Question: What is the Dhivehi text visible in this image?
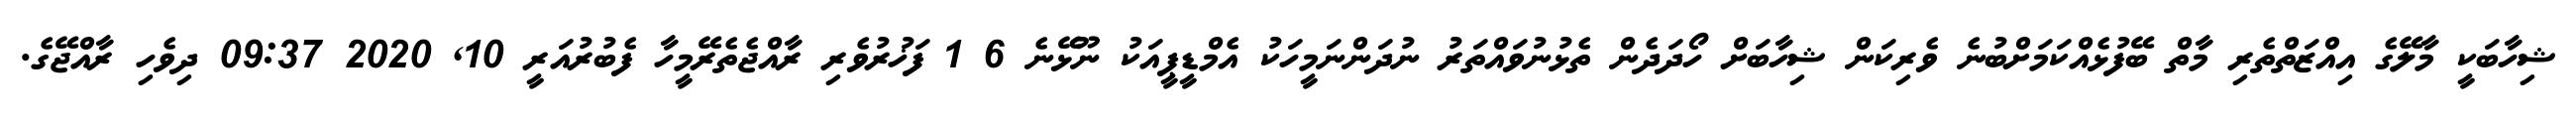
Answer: ޝިހާބަކީ މާލޭގެ އިއްޒަތްތެރި މާތް ބޭފުޅެއްކަމަށްބުނެ ވެރިކަން ޝިހާބަށް ހޯދަދެން ތެޅުނުވައްތަރު ނުދަންނަމީހަކު އެމްޑީޕީއަކު ނޫޅޭނެ 6 1 ފަޚުރުވެރި ރާއްޖެތެރޭމީހާ ފެބުރުއަރީ 10, 2020 09:37 ދިވެހި ރާއްޖޭގެ.